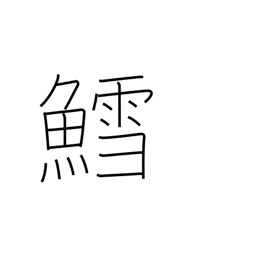
Meaning: codfish